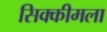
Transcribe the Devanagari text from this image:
सिक्कीमला